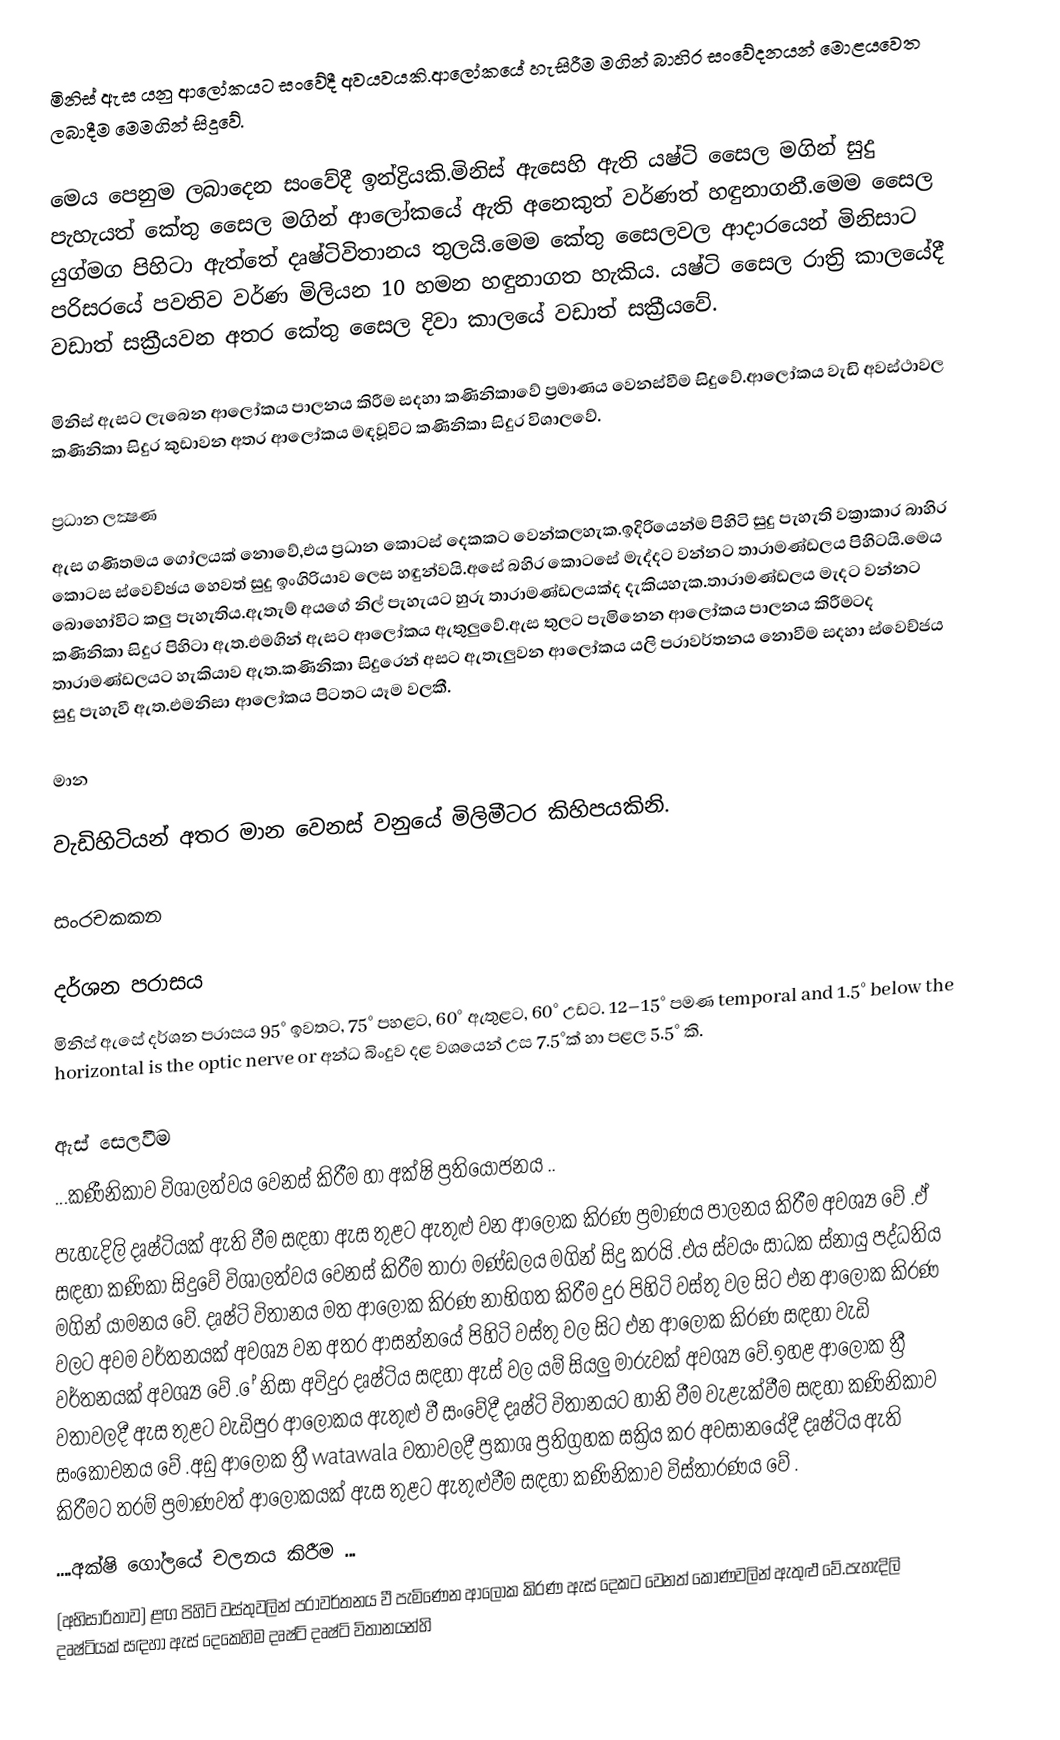
මිනිස් ඇස යනු ආලෝකයට සංවේදී අවයවයකි.ආලෝකයේ හැසිරීම මගින් බාහිර සංවේදනයන් මොළයවෙත ලබාදීම මෙමගින් සිදුවේ.

මෙය පෙනුම ලබාදෙන සංවේදී ඉන්ද්‍රියකි.මිනිස් ඇසෙහි ඇති යෂ්ටි සෛල මගින් සුදු පැහැයත් කේතු සෛල මගින් ආලෝකයේ ඇති අනෙකුත් වර්ණත් හඳුනාගනී.මෙම සෛල යුග්මග පිහිටා ඇත්තේ දෘෂ්ටිවිතානය තුලයි.මෙම කේතු සෛලවල ආදාරයෙන් මිනිසාට පරිසරයේ පවතිව වර්ණ මිලියන 10 හමන හඳුනාගත හැකිය. යෂ්ටි සෛල රාත්‍රි කාලයේදී වඩාත් සක්‍රීයවන අතර කේතු සෛල දිවා කාලයේ වඩාත් සක්‍රීයවේ.

මිනිස් ඇසට ලැබෙන ආලෝකය පාලනය කිරීම සදහා කණිනිකාවේ ප්‍රමාණය වෙනස්වීම සිදුවේ.ආලෝකය වැඩි අවස්ථාවල කණිනිකා සිදුර කුඩාවන අතර ආලෝකය මඳවූවිට කණිනිකා සිදුර විශාලවේ.

ප්‍රධාන ලක්‍ෂණ
ඇස ගණිතමය ගෝලයක් නොවේ,එය ප්‍රධාන කොටස් දෙකකට වෙන්කලහැක.ඉදිරියෙන්ම පිහිටි සුදු පැහැති වක්‍රාකාර බාහිර කොටස ස්වෙච්ඡය හෙවත් සුදු ඉංගිරියාව ලෙස හඳුන්වයි.අසේ බහිර කොටසේ මැද්දට වන්නට තාරාමණ්ඩලය පිහිටයි.මෙය බොහෝවිට කලු පැහැතිය.ඇතැම් අයගේ නිල් පැහැයට හුරු තාරාමණ්ඩලයක්ද දැකියහැක.තාරාමණ්ඩලය මැදට වන්නට කණිනිකා සිදුර පිහිටා ඇත.එමගින් ඇසට ආලෝකය ඇතුලුවේ.ඇස තුලට පැමිනෙන ආලෝකය පාලනය කිරීමටද තාරාමණ්ඩලයට හැකියාව ඇත.කණිනිකා සිදුරෙන් අසට ඇතැලුවන ආලෝකය යලි පරාවර්තනය නොවීම සදහා ස්වෙච්ජය සුදු පැහැවී ඇත.එමනිසා ආලෝකය පිටතට යෑම වලකී.

මාන

වැඩිහිටියන් අතර මාන වෙනස් වනුයේ මිලිමීටර කිහිපයකිනි.

සංරචකකන

දර්ශන පරාසය
මිනිස් ඇසේ දර්ශන පරාසය 95° ඉවතට, 75° පහළට, 60° ඇතුළට, 60° උඩට.  12–15° පමණ temporal and 1.5° below the horizontal is the optic nerve or අන්ධ බිංදුව දළ වශයෙන් උස 7.5°ක් හා පළල 5.5° කි.

ඇස් සෙලවීම
 ...කණීනිකාව විශාලත්වය වෙනස් කිරීම හා අක්ෂි ප්‍රතියෝජනය ..
පැහැදිලි දෘෂ්ටියක් ඇති වීම සඳහා ඇස තුළට ඇතුළු වන ආලෝක කිරණ ප්‍රමාණය පාලනය කිරීම අවශ්‍ය වේ .ඒ සඳහා කණිකා සිදුවේ විශාලත්වය වෙනස් කිරීම තාරා මණ්ඩලය මගින් සිදු කරයි .එය ස්වයං සාධක ස්නායු පද්ධතිය මගින් යාමනය වේ. දෘෂ්ටි විතානය මත ආලෝක කිරණ නාභිගත කිරීම දුර පිහිටි වස්තු වල සිට එන ආලෝක කිරණ වලට අවම වර්තනයක් අවශ්‍ය වන අතර ආසන්නයේ පිහිටි වස්තු වල සිට එන ආලෝක කිරණ සඳහා වැඩි වර්තනයක් අවශ්‍ය වේ . ේ නිසා අවිදුර දෘෂ්ටිය සඳහා ඇස් වල යම් සියලු මාරුවක් අවශ්‍ය වේ.ඉහළ ආලෝක ත්‍රී වතාවලදී ඇස තුළට වැඩිපුර ආලෝකය ඇතුළු වී සංවේදී දෘෂ්ටි විතානයට හානි වීම වැළැක්වීම සඳහා කණිනිකාව සංකෝචනය වේ .අඩු ආලෝක ත්‍රී watawala වතාවලදී ප්‍රකාශ ප්‍රතිග්‍රහක සක්‍රිය කර අවසානයේදී දෘෂ්ටිය ඇති කිරීමට තරම් ප්‍රමාණවත් ආලෝකයක් ඇස තුළට ඇතුළුවීම සඳහා කණිනිකාව විස්තාරණය වේ .
....අක්ෂි ගෝලයේ චලනය කිරීම ...
(අභිසාරිතාව) ළඟ පිහිටි වස්තුවලින් පරාවර්තනය වී පැමිණෙන ආලෝක කිරණ ඇස් දෙකට වෙනත් කෝණවලින් ඇතුළු වේ.පැහැදිලි දෘෂ්ටියක් සඳහා ඇස් දෙකෙහිම දෘෂ්ටි දෘෂ්ටි විතානයන්හි